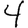
Digit: 4